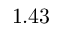
1 . 4 3